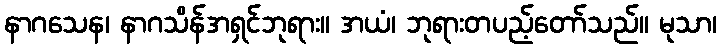
နာဂသေန၊ နာဂသိန်အရှင်ဘုရား။ အယံ၊ ဘုရားတပည့်တော်သည်။ မုသာ၊